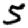
Digit: 5